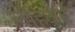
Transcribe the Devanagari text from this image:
लोहकर्म